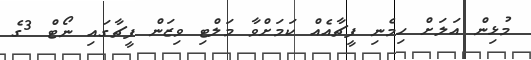
މުޅިން އަލަށް ހިމެނި ފީޗާއެއް ކަމަށްވާ މަލްޓި ވިޒަން ފީޗާގައި ނޯޓް 3ގެ